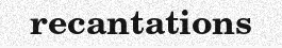
recantations